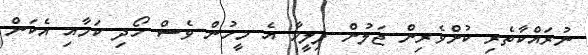
ނުރައްކާތެރި ކުށްވެރިން ޖަލުން ފިލީމާ އެ މީހުން ވެސް ހޯދި ކަމާއި އެކަން